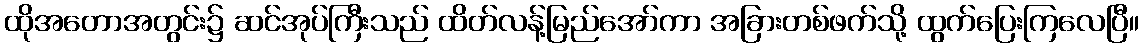
ထိုအတောအတွင်း၌ ဆင်အုပ်ကြီးသည် ထိတ်လန့်မြည်အော်ကာ အခြားတစ်ဖက်သို့ ထွက်ပြေးကြလေပြီ။